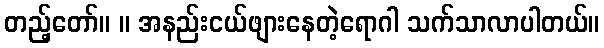
တည့်တော်။ ။ အနည်းငယ်ဖျားနေတဲ့ရောဂါ သက်သာလာပါတယ်။